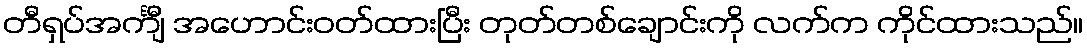
တီရှပ်အင်္ကျီ အဟောင်းဝတ်ထားပြီး တုတ်တစ်ချောင်းကို လက်က ကိုင်ထားသည်။